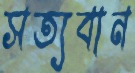
সত্যবান